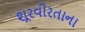
શૂરવીરતાના